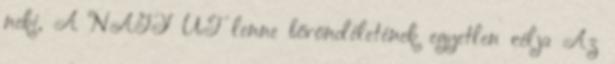
neki, A NAGY ÚT lenne bőröndéletének egyetlen célja Az